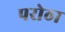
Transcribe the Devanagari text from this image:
परोठा